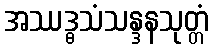
အဿဒ္ဓသံသန္ဒနသုတ္တံ